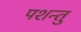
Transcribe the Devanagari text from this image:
पशन्तु